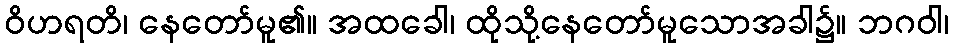
ဝိဟရတိ၊ နေတော်မူ၏။ အထခေါ၊ ထိုသို့နေတော်မူသောအခါ၌။ ဘဂဝါ၊